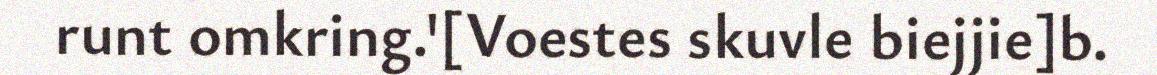
runt omkring.'[Voestes skuvle biejjie]b.